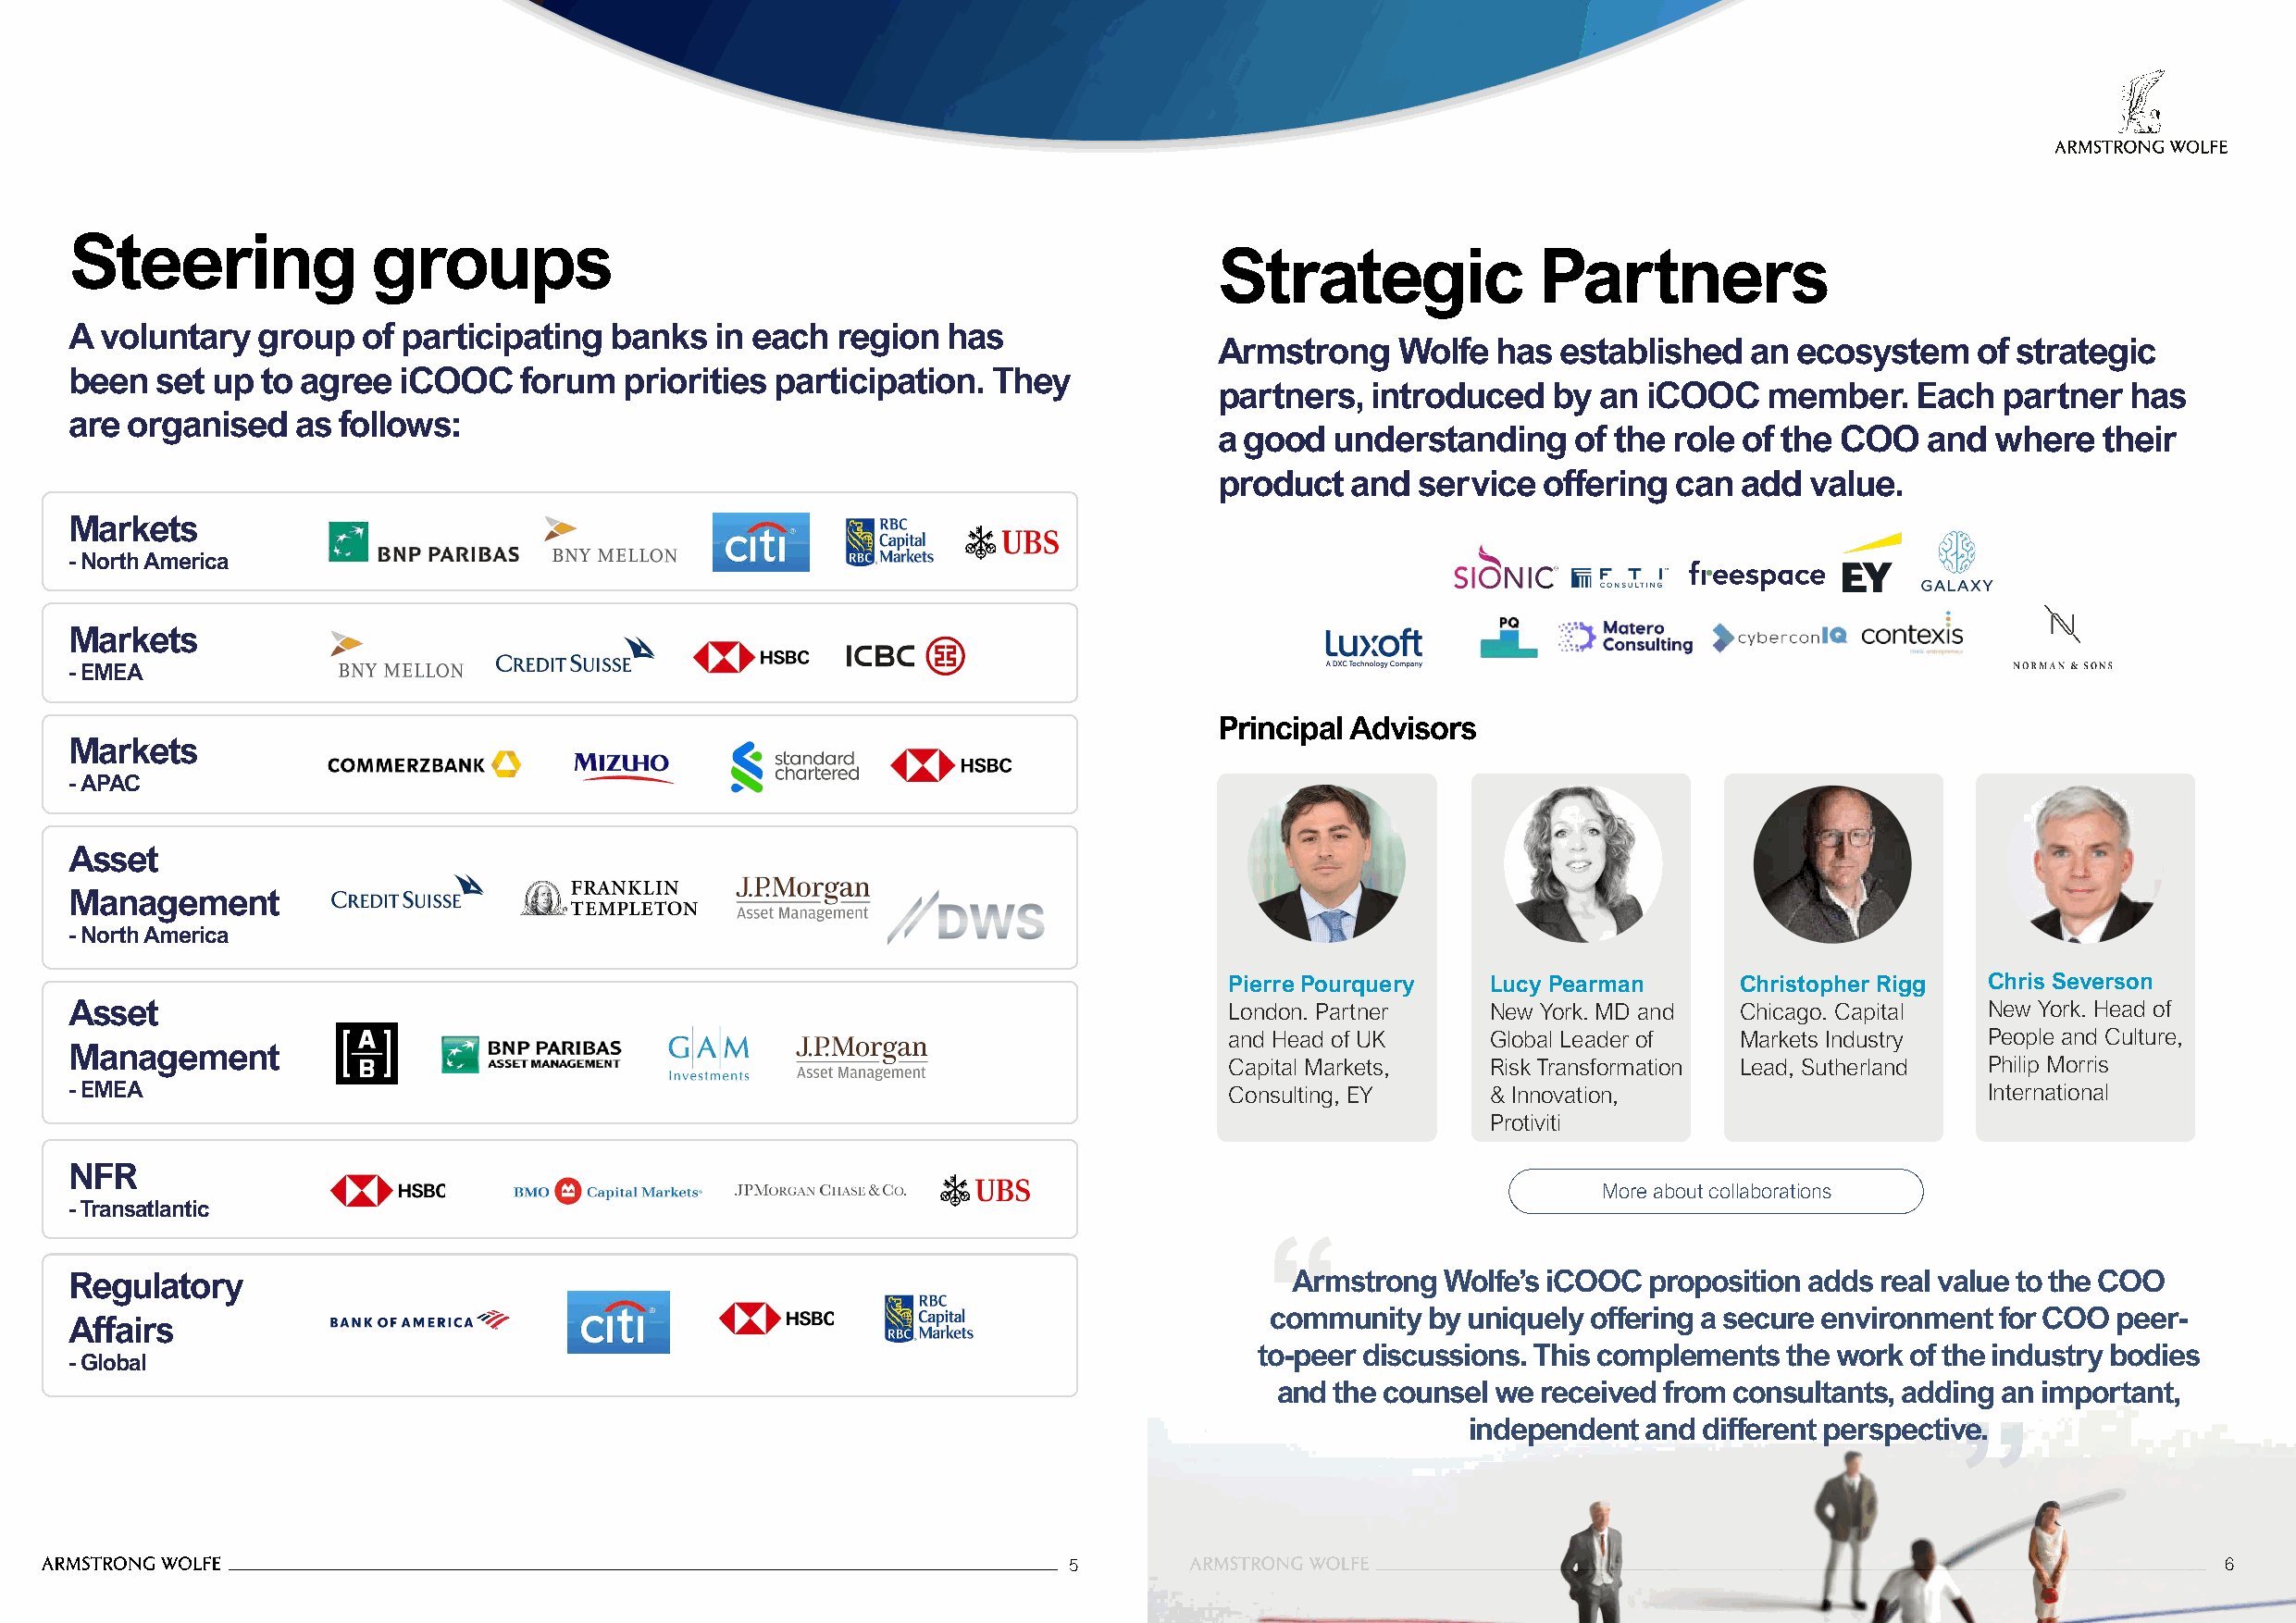
Steering              groups
 Strategic              Partners
 A voluntary  group   of participating  banks  in each  region  has
 Armstrong    Wolfe  has  established  an  ecosystem   of strategic
 been  set up  to agree  iCOOC   forum   priorities participation. They
 partners,  introduced   by an  iCOOC   member.    Each  partner  has
 are organised   as follows:
 a good  understanding     of the role of the COO   and  where  their
 product   and service  offering  can  add value.
 Markets
 -North America
 Markets
 -EMEA
 Principal Advisors
 Markets
 -APAC
 Asset
 Management
 -North America
 Pierre Pourquery   Lucy Pearman     Christopher Rigg  Chris Severson
 Asset                                                                              London. Partner    New York. MD and Chicago. Capital  New York. Head of
 and Head of UK     Global Leader of Markets Industry  People and Culture,
 Management
 Capital Markets,   Risk Transformation Lead, Sutherland Philip Morris
 -EMEA                                                                              Consulting, EY     & Innovation,                      International
 Protiviti
 NFR
 More about collaborations
 -Transatlantic
 Regulatory                                                                             Armstrong  Wolfe’s iCOOC  proposition adds real value to the COO
 community  by uniquely offering a secure environment for COO peer-
 Affairs
 to-peer discussions. This complements the work of the industry bodies
 -Global
 and the counsel we received from consultants, adding an important,
 independent  and different perspective.
 5                                                                                  66